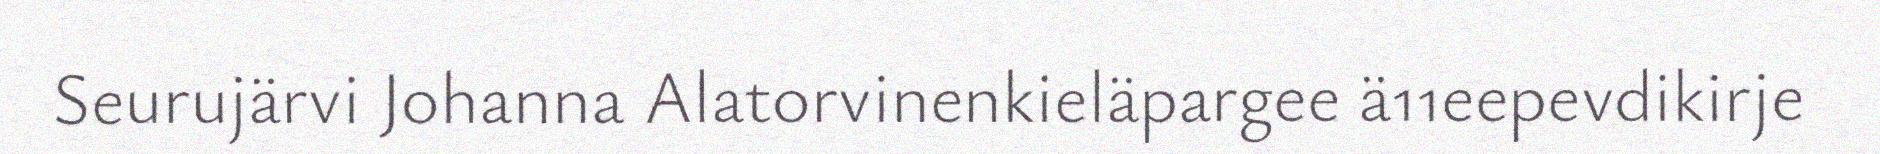
Seurujärvi Johanna Alatorvinenkieläpargee ä11eepevdikirje